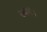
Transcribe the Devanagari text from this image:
स्वयं।